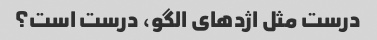
درست مثل اژدهای الگو، درست است؟